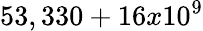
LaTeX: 53,330+16x10^{9}